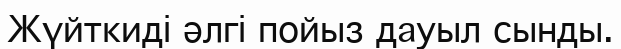
Жүйткидi әлгi пойыз дауыл сынды.